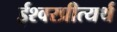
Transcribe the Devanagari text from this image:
ईश्वरप्रीत्यर्थ